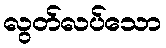
လွတ်လပ်သော